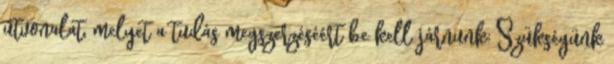
útvonalat, melyet a tudás megszerzéséért be kell járnunk: Szükségünk